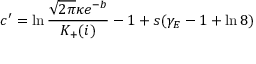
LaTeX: c ^ { \prime } = \ln \frac { \sqrt { 2 \pi } \kappa e ^ { - b } } { K _ { + } ( i ) } - 1 + s ( \gamma _ { E } - 1 + \ln 8 )